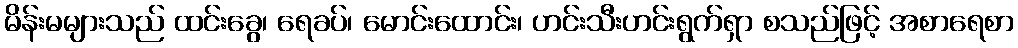
မိန်းမများသည် ထင်းခွေ၊ ရေခပ်၊ မောင်းထောင်း၊ ဟင်းသီးဟင်းရွက်ရှာ စသည်ဖြင့် အစာရေစာ